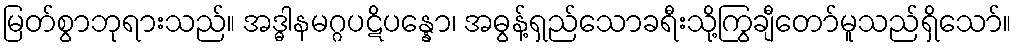
မြတ်စွာဘုရားသည်။ အဒ္ဓါနမဂ္ဂပဋိပန္နော၊ အဓွန့်ရှည်သောခရီးသို့ကြွချီတော်မူသည်ရှိသော်။